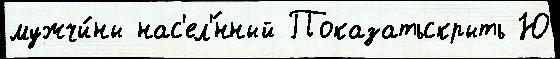
мужчи́ны нас'ел'́нный Показатьскрыть Ю